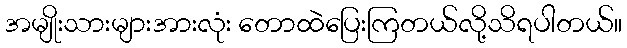
အမျိုးသားများအားလုံး တောထဲပြေးကြတယ်လို့သိရပါတယ်။